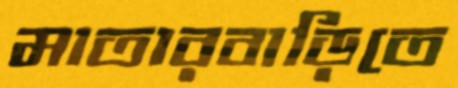
মাতারবাড়িতে